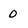
Character: 0